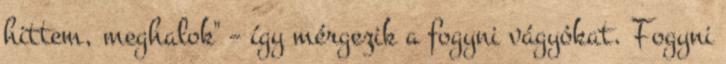
hittem, meghalok" – így mérgezik a fogyni vágyókat. Fogyni